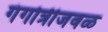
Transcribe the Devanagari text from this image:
गंगोत्रीजवळ